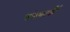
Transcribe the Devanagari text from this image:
संस्थानौं